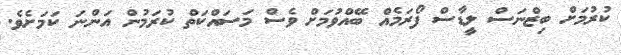
ކުރުމަށް ބިޒްނަސް ލީޑާސް ފޯރަމެއް ބޭއްވުމަށް ވެސް މަސައްކަތް ކުރަމުން އަންނަ ކަމަށެވެ.